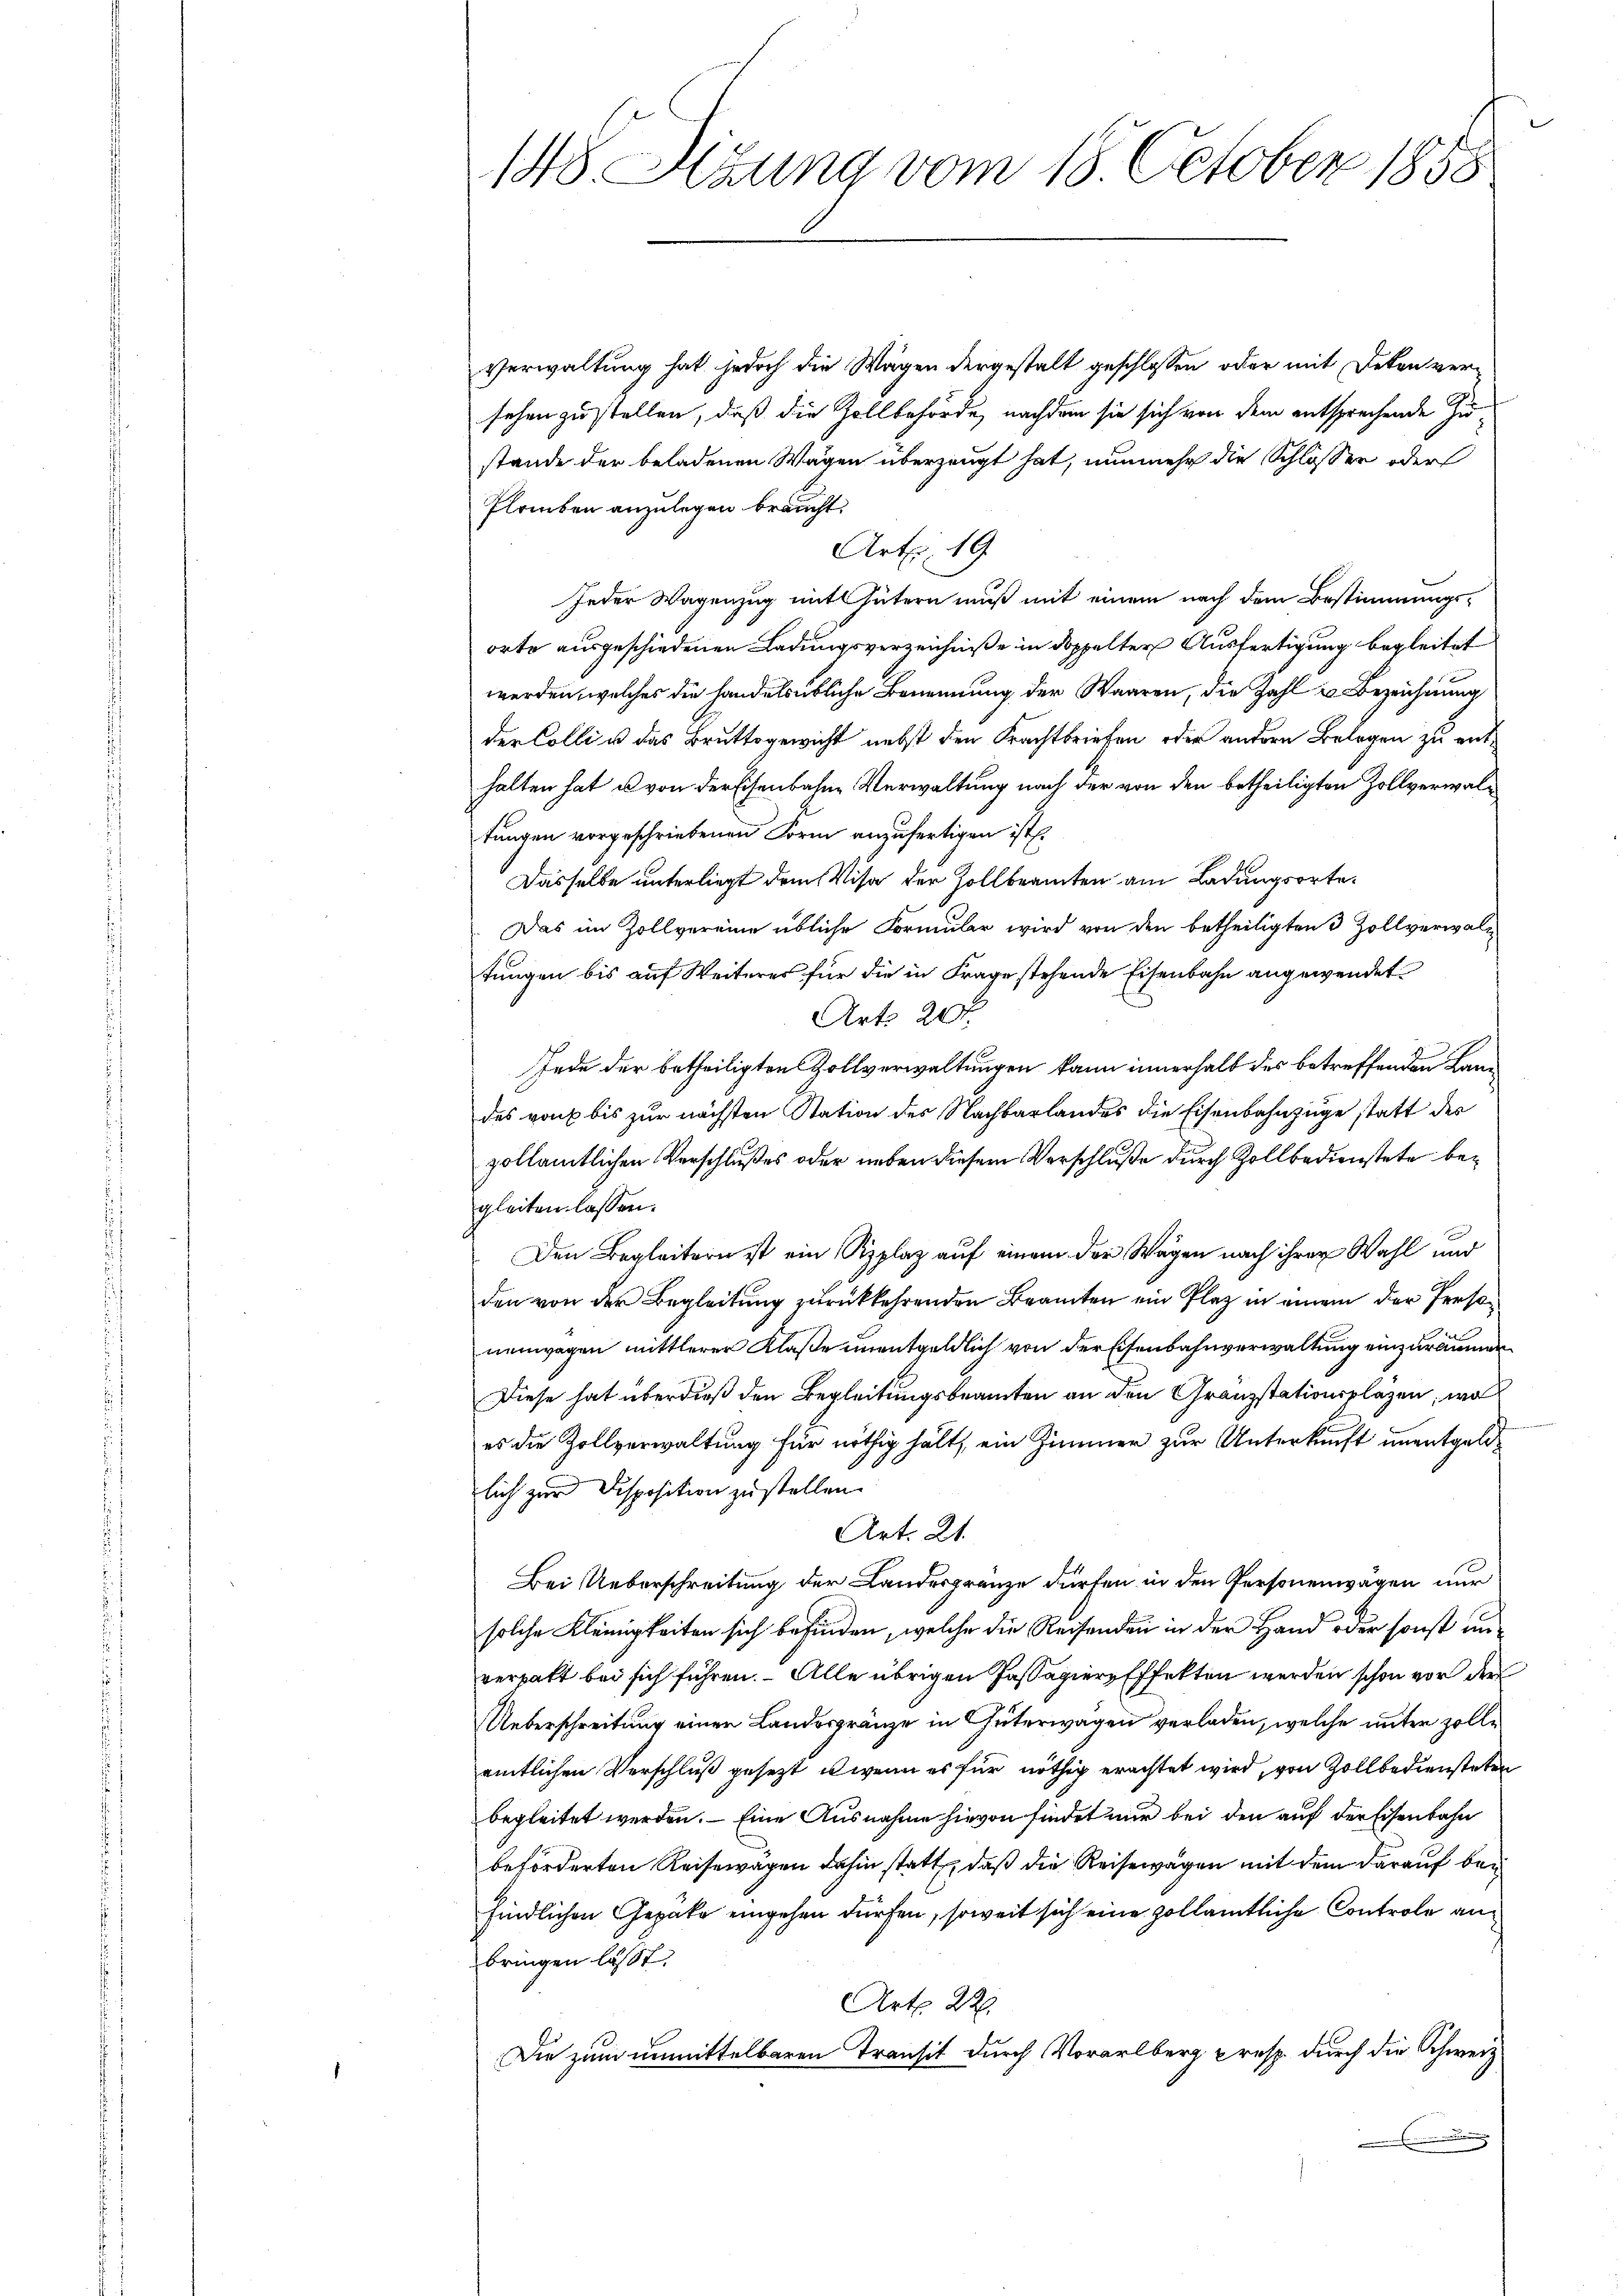
148 Sizung vom 18. October 1858

Verwaltung hat jedoch die Wagen dergestalt geschlossen, oder mit Dekan versehen zu stellen, daß die Zollbehörde, nachdem sie sich von dem entsprechende Zustande der beladenen Wagen überzeugt hat, nunmehr die Schlossen oder
Plauben anzulegen braucht.
Art. 19.
Jeder Wagenzug mit Gütern muß mit einem nach dem Bestimmungsorte ausgeschiedenen Ladungsverzeichniße in doppelter Ausfertigung begleitet
werden, welches die handelsübliche Benennung der Waaren, die Zahl u. Bezeichnung
der Colli u das Bruttsgewicht nebst den Frachtbriefen oder andern Belegen zu enthalten hat u von der Eisenbahne Verwaltung nach der von den betheiligten Zollverwaltungen vorgeschriebenen Loren anzufertigen ist.
Dasselbe unterliegt dem Visa der Zollbeamten am Ladungsorte¬
Das im Zollvereine übliche Formular wird von den betheiligten 3 Zollverwaltungen bis auf Weiteres für die in Frage stehende Eisenbahn angewendet
Art. 20 x
Inde der betheiligten Zollverwaltungen kann innerhalb des betreffenden Landes von bis zur nächsten Station des Nachbarlandes die Eisenbahnzüge statt des
zollämtlichen Verschlußes oder neben diesem Verschluße durch Zollbedienstete begleiten lassen.
Den Begleitern ist ein Ripplaz auf einem der Wagen nach ihrer Wahl und
den von der Begleitung zurückkehrenden Beamten ein Plaz in einem der Personenwagen mittlerer Klaße unentgeldlich von der Eisenbahnverwaltung einzuräumen
Diese hat überdieß den Begleitungsbeamten an den Granzstationsplazen, wo
es die Zollverwaltung für nöthig hält, ein Zimmer zur Unterkunft unentgeldlich zur Disposition zu stellen.
Art. 21.
Bei Ueberschreitung der Landesgränze dürfen in den Personenwägen nur
solche Kleinigkeiten sich befinden, welche die Reisenden in der Hand oder sonst unverhalt bei sich führen. Alle übrigen Passagiere Effekten werden schon vor der
Ueberschreitung einer Landesgränze in Güterwagen verladen, welche unter zolle
amtlichen Verschluß gesezt, u wenn es für nöthig erachtet wird, von Zollbediensteten
begleitet werden. — Eine Ausnahme hievon findet nur bei den auf der Eisenbahn
beförderten Reisewagen dahin statt, daß die Reisewagen mit dem darauf befindlichen Gepäke eingehen dürfen, soweit sich eine zollämtliche Controle anbringen lässt.
Art. 22.
Die zum unmittelbaren Transit durch Vorarlberg resp. durch die Schweiz